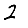
Digit: 2